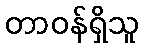
တာဝန်ရှိသူ